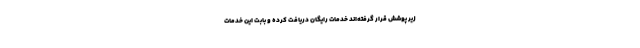
زیر پوشش قرار گرفته‌اند خدمات رایگان دریافت کرده و بابت این خدمات